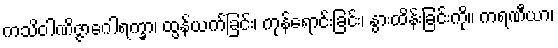
ကသိဝါဏိဇ္ဇာဂေါရက္ခာ၊ ထွန်ယက်ခြင်း၊ ကုန်ရောင်းခြင်း၊ နွားထိန်းခြင်းကို။ ကရဏီယာ၊